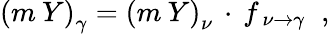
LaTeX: \left(m\: Y\right)_{\gamma}=\left(m\: Y\right)_{\nu}\, \cdot\, f_{\, \nu\rightarrow\gamma}\; \; ,